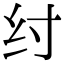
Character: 纣